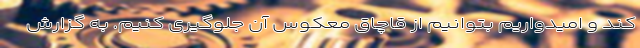
کند و امیدواریم بتوانیم از قاچاق معکوس آن جلوگیری کنیم. به گزارش